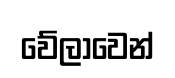
වේලාවෙන්